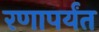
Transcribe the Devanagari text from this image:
रणापर्यंत